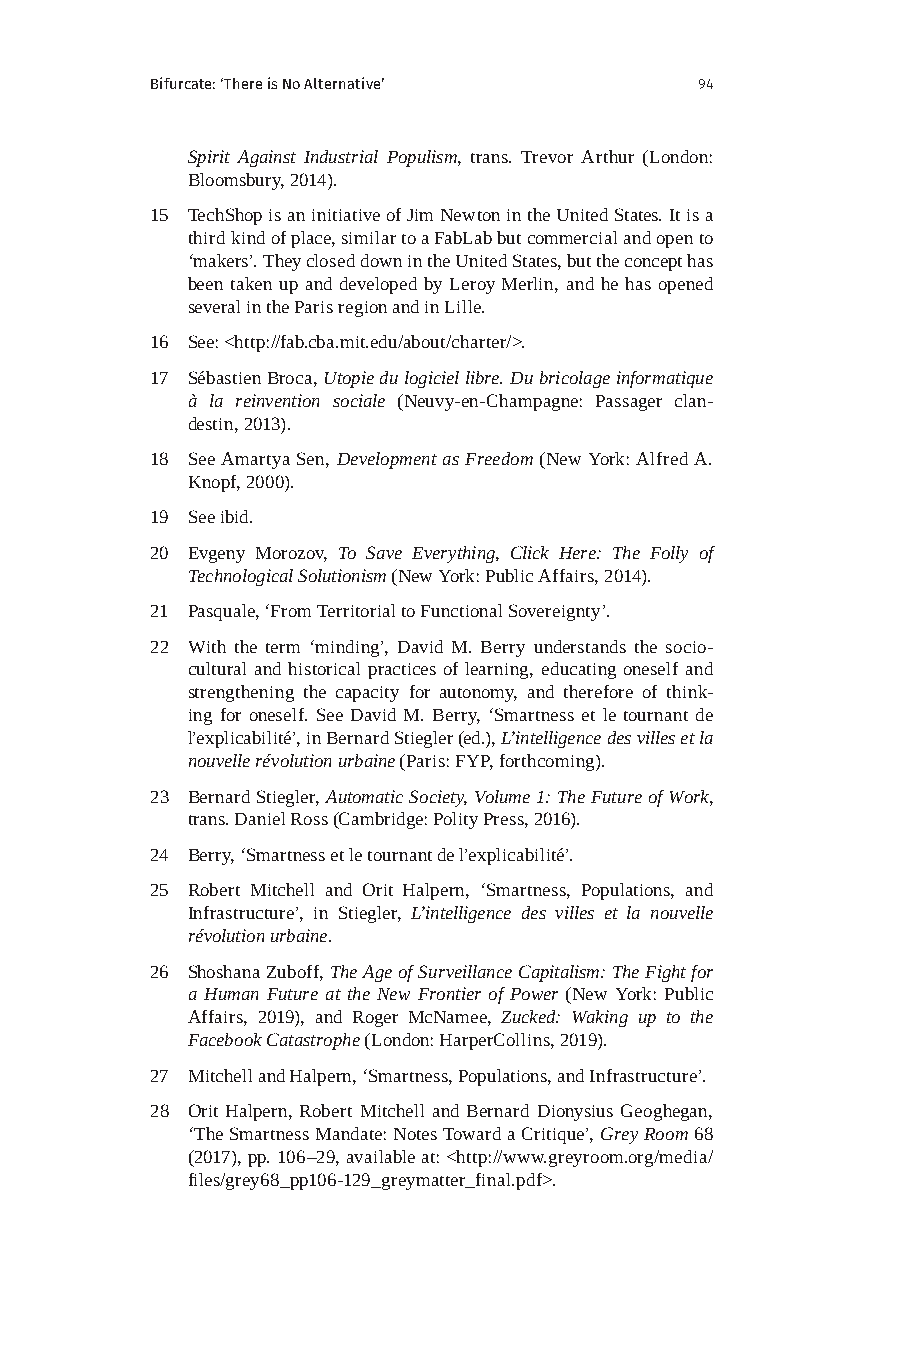
Bifurcate: ‘There is No Alternative’ 94
 Spirit Against Industrial Populism, trans. Trevor Arthur (London:
 Bloomsbury, 2014).
 15 TechShop is an initiative of Jim Newton in the United States. It is a
 third kind of place, similar to a FabLab but commercial and open to
 ‘makers’. They closed down in the United States, but the concept has
 been taken up and developed by Leroy Merlin, and he has opened
 several in the Paris region and in Lille.
 16 See: <http://fab.cba.mit.edu/about/charter/>.
 17 Sébastien Broca, Utopie du logiciel libre. Du bricolage informatique
 à la reinvention sociale (Neuvy-en-Champagne: Passager clan-
 destin, 2013).
 18 See Amartya Sen, Development as Freedom (New York: Alfred A.
 Knopf, 2000).
 19 See ibid.
 20 Evgeny Morozov, To Save Everything, Click Here: The Folly of
 Technological Solutionism (New York: Public Affairs, 2014).
 21 Pasquale, ‘From Territorial to Functional Sovereignty’.
 22 With the term ‘minding’, David M. Berry understands the socio-
 cultural and historical practices of learning, educating oneself and
 strengthening the capacity for autonomy, and therefore of think-
 ing for oneself. See David M. Berry, ‘Smartness et le tournant de
 l’explicabilité’, in Bernard Stiegler (ed.), L’intelligence des villes et la
 nouvelle révolution urbaine (Paris: FYP, forthcoming).
 23 Bernard Stiegler, Automatic Society, Volume 1: The Future of Work,
 trans. Daniel Ross (Cambridge: Polity Press, 2016).
 24 Berry, ‘Smartness et le tournant de l’explicabilité’.
 25 Robert Mitchell and Orit Halpern, ‘Smartness, Populations, and
 Infrastructure’, in Stiegler, L’intelligence des villes et la nouvelle
 révolution urbaine.
 26 Shoshana Zuboff, The Age of Surveillance Capitalism: The Fight for
 a Human Future at the New Frontier of Power (New York: Public
 Affairs, 2019), and Roger McNamee, Zucked: Waking up to the
 Facebook Catastrophe (London: HarperCollins, 2019).
 27 Mitchell and Halpern, ‘Smartness, Populations, and Infrastructure’.
 28 Orit Halpern, Robert Mitchell and Bernard Dionysius Geoghegan,
 ‘The Smartness Mandate: Notes Toward a Critique’, Grey Room 68
 (2017), pp. 106–29, available at: <http://www.greyroom.org/media/
 files/grey68_pp106-129_greymatter_final.pdf>.